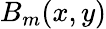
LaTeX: B_{m}(x,y)